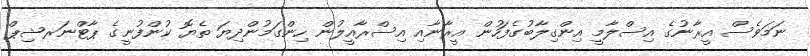
ނަމަވެސް އީރާނުގެ އިސްލާމީ އިންގިލާބުގެފަހުން އީރާނާއި އިސްރާއީލުން ހިންގަމުންދިޔަ ތެޔޮ ކުންފުނީގެ ޕާޓްނަރޝިޕް